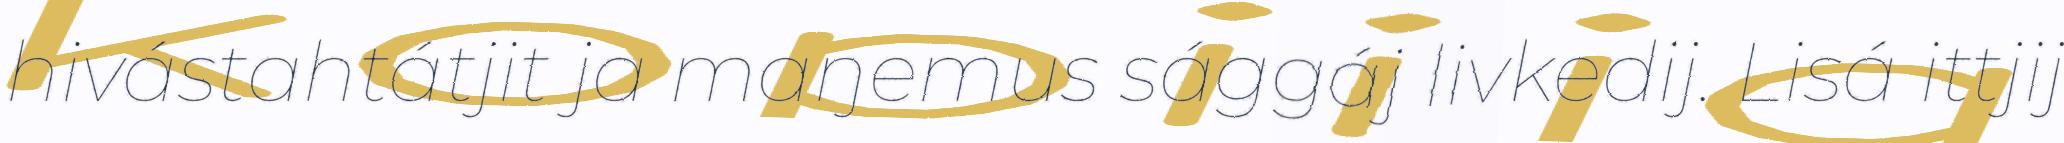
hivástahtátjit ja maŋemus sággáj livkedij. Lisá ittjij